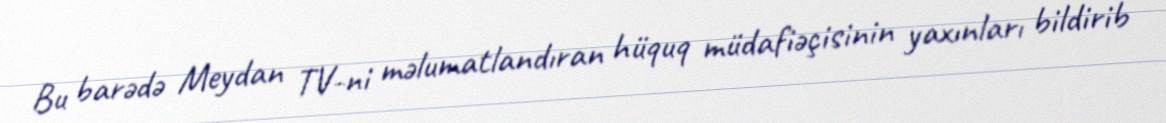
Bu barədə Meydan TV-ni məlumatlandıran hüquq müdafiəçisinin yaxınları bildirib